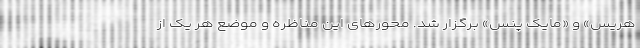
هریس» و «مایک پنس» برگزار شد. محورهای این مناظره و موضع هر یک از